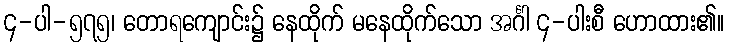
၄-ပါ-၅၇၅၊ တောရကျောင်း၌ နေထိုက် မနေထိုက်သော အင်္ဂါ ၄-ပါးစီ ဟောထား၏။